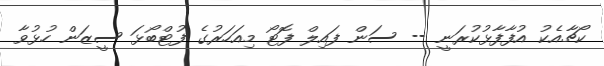
ކޯޗާއެކު އުފާފާޅުކުރަނީ -- ސަން ފައިލް ފޮޓޯ މިއަހަރުގެ ފުޓްބޯޅަ ސީޒަން ހުޅުވާ